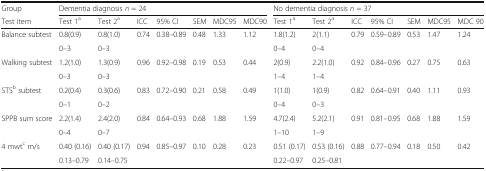
<table><thead><tr><td><b>Group</b></td><td colspan="7"><b>Dementia diagnosis <i>n</i> = 24</b></td><td colspan="7"><b>No dementia diagnosis <i>n</i> = 37</b></td></tr><tr><td><b>Test item</b></td><td><b>Test 1<sup>a</sup></b></td><td><b>Test 2<sup>a</sup></b></td><td><b>ICC</b></td><td><b>95% CI</b></td><td><b>SEM</b></td><td><b>MDC95</b></td><td><b>MDC90</b></td><td><b>Test 1<sup>a</sup></b></td><td><b>Test 2<sup>a</sup></b></td><td><b>ICC</b></td><td><b>95% CI</b></td><td><b>SEM</b></td><td><b>MDC95</b></td><td><b>MDC 90</b></td></tr></thead><tbody><tr><td rowspan="2">Balance subtest</td><td>0.8(0.9)</td><td>0.8(1.0)</td><td rowspan="2">0.74</td><td rowspan="2">0.38–0.89</td><td rowspan="2">0.48</td><td rowspan="2">1.33</td><td rowspan="2">1.12</td><td>1.8(1.2)</td><td>2(1.1)</td><td rowspan="2">0.79</td><td rowspan="2">0.59–0.89</td><td rowspan="2">0.53</td><td rowspan="2">1.47</td><td rowspan="2">1.24</td></tr><tr><td>0–3</td><td>0–3</td><td>0–4</td><td>0–4</td></tr><tr><td rowspan="2">Walking subtest</td><td>1.2(1.0)</td><td>1.3(0.9)</td><td rowspan="2">0.96</td><td rowspan="2">0.92–0.98</td><td rowspan="2">0.19</td><td rowspan="2">0.53</td><td rowspan="2">0.44</td><td>2(0.9)</td><td>2.2(1.0)</td><td rowspan="2">0.92</td><td rowspan="2">0.84–0.96</td><td rowspan="2">0.27</td><td rowspan="2">0.75</td><td rowspan="2">0.63</td></tr><tr><td>0–3</td><td>0–3</td><td>1–4</td><td>1–4</td></tr><tr><td rowspan="2">STS<sup>b</sup> subtest</td><td>0.2(0.4)</td><td>0.3(0.6)</td><td rowspan="2">0.83</td><td rowspan="2">0.72–0.90</td><td rowspan="2">0.21</td><td rowspan="2">0.58</td><td rowspan="2">0.49</td><td>1(1.0)</td><td>1(0.9)</td><td rowspan="2">0.82</td><td rowspan="2">0.64–0.91</td><td rowspan="2">0.40</td><td rowspan="2">1.11</td><td rowspan="2">0.93</td></tr><tr><td>0–1</td><td>0–2</td><td>0–4</td><td>0–3</td></tr><tr><td rowspan="2">SPPB sum score</td><td>2.2(1.4)</td><td>2.4(2.0)</td><td rowspan="2">0.84</td><td rowspan="2">0.64–0.93</td><td rowspan="2">0.68</td><td rowspan="2">1.88</td><td rowspan="2">1.59</td><td>4.7(2.4)</td><td>5.2(2.1)</td><td rowspan="2">0.91</td><td rowspan="2">0.81–0.95</td><td rowspan="2">0.68</td><td rowspan="2">1.88</td><td rowspan="2">1.59</td></tr><tr><td>0–4</td><td>0–7</td><td>1–10</td><td>1–9</td></tr><tr><td rowspan="2">4 mwt<sup>c</sup> m/s</td><td>0.40 (0.16)</td><td>0.40 (0.17)</td><td rowspan="2">0.94</td><td rowspan="2">0.85–0.97</td><td rowspan="2">0.10</td><td rowspan="2">0.28</td><td rowspan="2">0.23</td><td>0.51 (0.17)</td><td>0.53 (0.16)</td><td rowspan="2">0.88</td><td rowspan="2">0.77–0.94</td><td rowspan="2">0.18</td><td rowspan="2">0.50</td><td rowspan="2">0.42</td></tr><tr><td>0.13–0.79</td><td>0.14–0.75</td><td>0.22–0.97</td><td>0.25–0.81</td></tr></tbody></table>